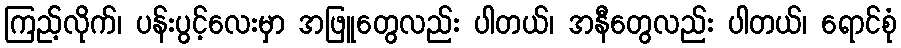
ကြည့်လိုက်၊ ပန်းပွင့်လေးမှာ အဖြူတွေလည်း ပါတယ်၊ အနီတွေလည်း ပါတယ်၊ ရောင်စုံ